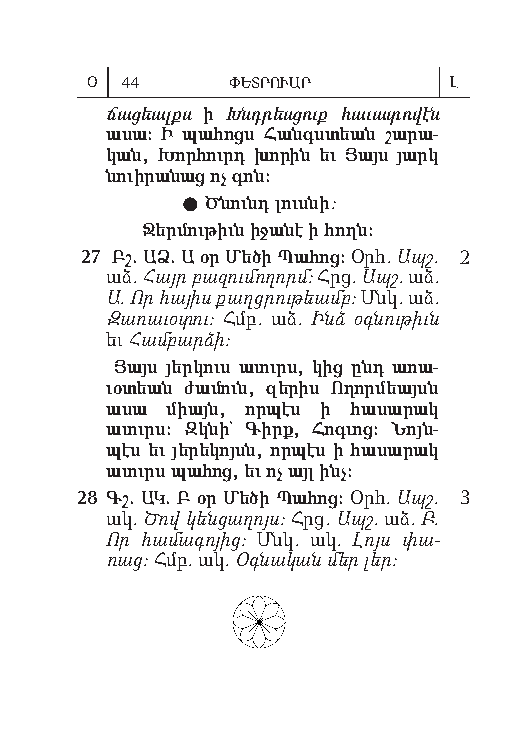
Օ 44     ՓԵՏՐՈՒԱՐ       Լ
 ճա ցեալքս ի Խնդ րես ցուք հա ւա տո վէն
 ա սա: Ի պահոցս Հանգս տեան շա րա-
 կան, Խոր հուրդ խո րին եւ Յայս յարկ
 նուի րա նաց ոչ գոն:
  Ծ նունդ լուս նի:
 Ջեր մու թիւն ի ջա նէ ի հողն:
 27 Բշ. ԱՁ. Ա օր Մե ծի Պա հոց: Օրհ. Ապշ. 2
 աձ. Հայր բազ ում ո ղորմ: Հրց. Ապշ. աձ.
 Ա. Որ հայ իս քաղց րութ եամբ: Մնկ. աձ.
 Զառ ա ւօտ ու: Հմբ. աձ. Ինձ օգն ութ իւն
 եւ Համ բարձ ի:
 Յայս յեր կուս ա ւուրս, կից ընդ առ ա-
 ւօ տեան ժա մուն, զե րիս Ո ղորմեայսն
 ա սա միայն, որ պէս ի հա սա րակ
 ա ւուրս: Զկ նի` Գիրք, Հոգւ ոց: Նոյն-
 պէս եւ յե րե կոյսն, որ պէս ի հա սա րակ
 ա ւուրս պա հոց, եւ ոչ այլ ինչ:
 28 Գշ. ԱԿ. Բ օր Մեծ ի Պա հոց: Օրհ. Ապշ. 3
 ակ. Ծով կենց աղ ոյս: Հրց. Ապշ. աձ. Բ.
 Որ հա մագ ոյ ից: Մնկ. ակ. Լոյս փա­
 ռաց: Հմբ. ակ. Օգ նա կան մեր լեր: